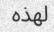
لھذه